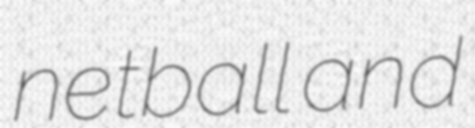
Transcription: netball and